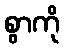
စွာကို